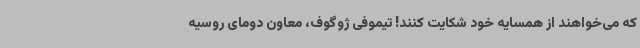
که می‌خواهند از همسایه خود شکایت کنند! تیموفی ژوگوف، معاون دومای روسیه